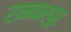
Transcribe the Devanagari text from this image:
रामकर्पूर